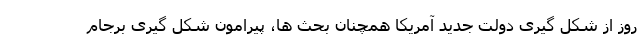
روز از شکل گیری دولت جدید آمریکا همچنان بحث ها، پیرامون شکل گیری برجام